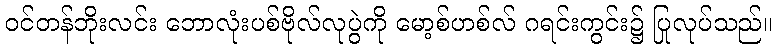
ဝင်တန်ဘိုးလင်း ဘောလုံးပစ်ဗိုလ်လုပွဲကို မော့စ်ဟစ်လ် ဂရင်းကွင်း၌ ပြုလုပ်သည်။